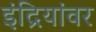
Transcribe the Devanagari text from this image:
इंद्रियांवर